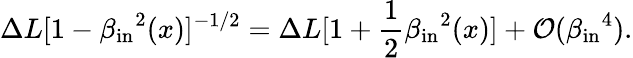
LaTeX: \Delta L[1-{\beta_{\mathrm{in}}}^{2}(x)]^{-1/2}=\Delta L[1+{\frac{1}{2}}{\beta_{\mathrm{in}}}^{2}(x)]+{\cal O}({\beta_{\mathrm{in}}}^{4}).